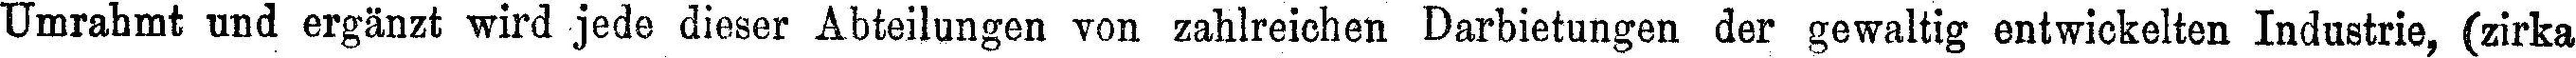
Umrahmt und ergänzt wird jede dieser Abteilungen von zahlreichen Darbietungen der gewaltig entwickelten Industrie, (zirka